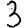
Digit: 3